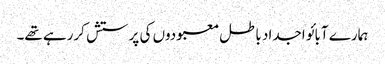
ہمارے آبائو اجداد باطل معبودوں کی پرستش کررہے تھے۔